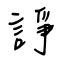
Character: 諍